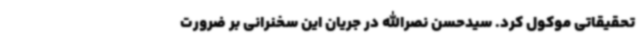
تحقیقاتی موکول کرد. سیدحسن نصرالله در جریان این سخنرانی بر ضرورت